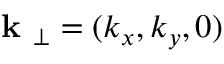
\textbf { k } _ { \perp } = ( k _ { x } , k _ { y } , 0 )